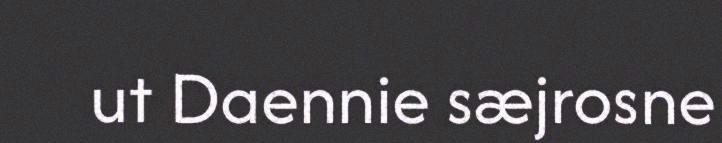
ut Daennie sæjrosne